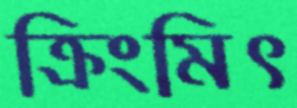
ক্রিংমিৎ